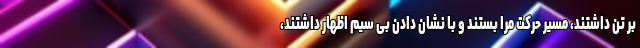
بر تن داشتند، مسیر حرکت مرا بستند و با نشان دادن بی سیم اظهار داشتند،